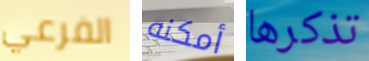
الفرعي أمكنه تذكرها